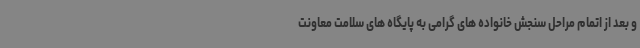
و بعد از اتمام مراحل سنجش خانواده های گرامی به پایگاه های سلامت معاونت